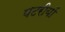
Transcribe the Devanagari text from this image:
पटरीयों